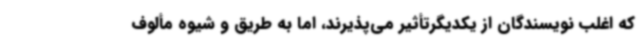
که اغلب نویسندگان از یکدیگرتأثیر می‌پذیرند، اما به طریق و شیوه مألوف